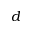
d